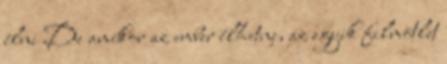
élni De amikor az ember élhetne, az egyik filmötlet